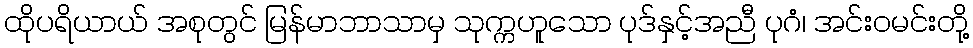
ထိုပရိယာယ် အစုတွင် မြန်မာဘာသာမှ သုက္ကဟူသော ပုဒ်နှင့်အညီ ပုဂံ၊ အင်းဝမင်းတို့